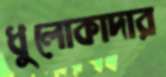
ধুলোকাদার